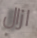
ازال